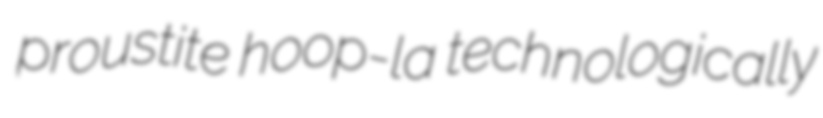
proustite hoop-la technologically